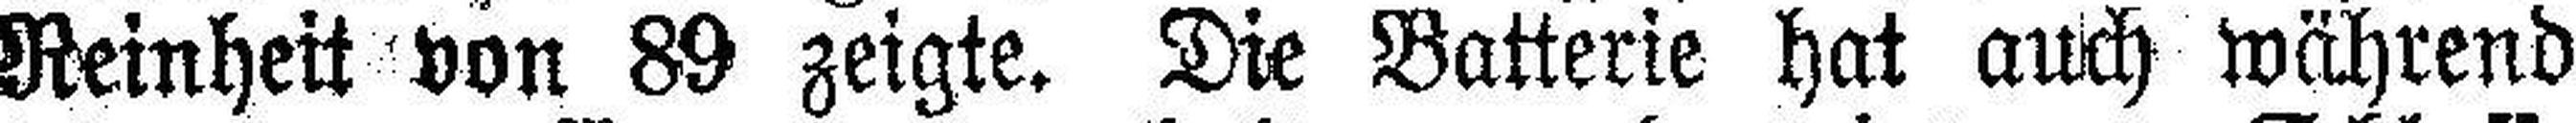
Reinheit von 89 zeigte. Die Batterie hat auch während